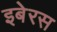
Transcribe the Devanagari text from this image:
इबेरस